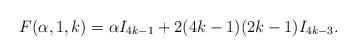
LaTeX: \begin{align*} F(\alpha,1,k) = \alpha I_{4k-1} + 2(4k-1)(2k-1)I_{4k-3}. \end{align*}